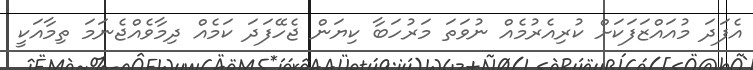
އެފަދަ މުއައްޒަފަކަށް ކުރިއެރުމެއް ނުވަތަ މަރުހަބާ ކިޔަން ޖެހޭފަދަ ކަމެއް ދިމާވެއްޖެނަމަ ތިމާއަކީ